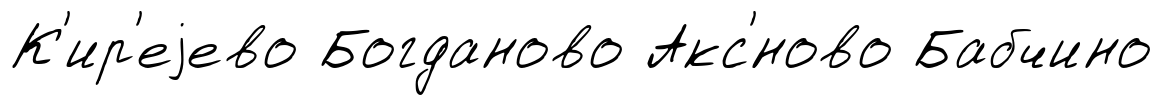
К'ир'еjево Богданово Акс'́ново Бабчино